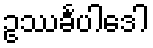
ဥဿင်္ခပါဒေါ